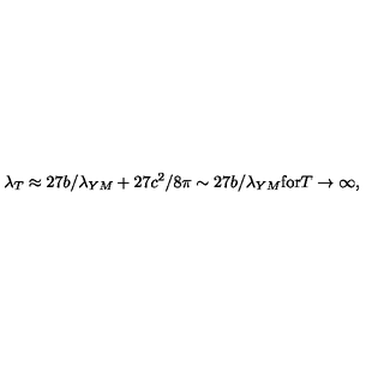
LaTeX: \lambda _ { T } \approx 2 7 b / \lambda _ { Y M } + 2 7 c ^ { 2 } / 8 \pi \sim 2 7 b / \lambda _ { Y M } \mathrm { f o r } T \rightarrow \infty ,